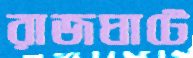
রাজঘাটে